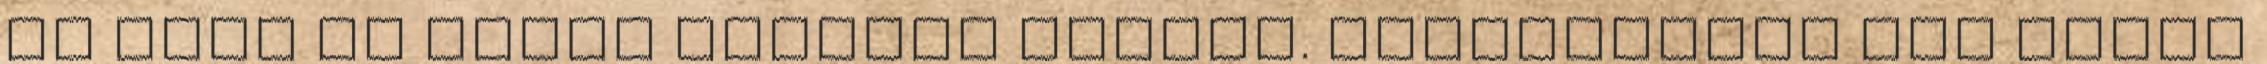
az idén is dupla ironman legyek. Szerencsére nem sokat